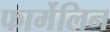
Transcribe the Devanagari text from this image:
फार्मेलिन